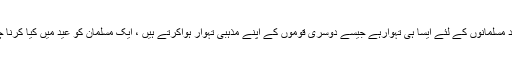
کیا عید مسلمانوں کے لئے ایسا ہی تہوارہے جیسے دوسری قوموں کے اپنے مذہبی تہوار ہواکرتے ہیں ، ایک مسلمان کو عید میں کیا کرنا چاہئے۔